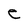
Character: e